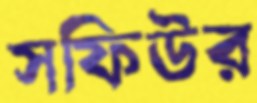
সফিউর